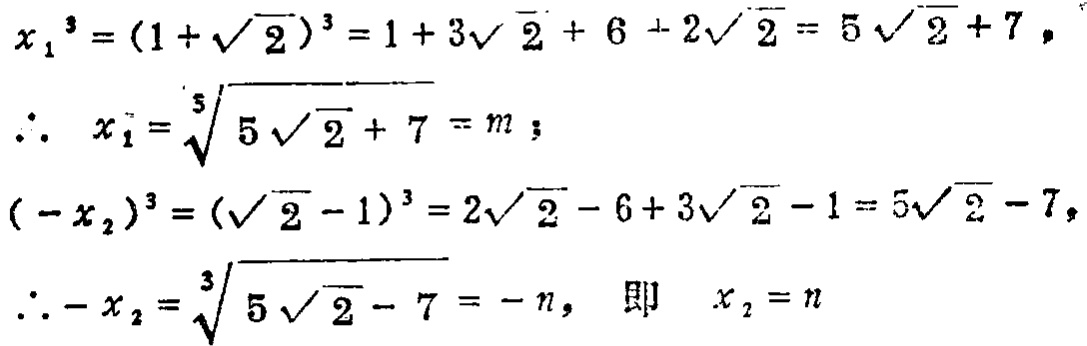
\[

\begin{align*}

x_1^3&=(1 + \sqrt{2})^3 = 1 + 3\sqrt{2}+ 6 + 2\sqrt{2}=5\sqrt{2}+7,\\

\therefore\ x_1&=\sqrt[3]{5\sqrt{2}+7}=m;\\

(-x_2)^3&=(\sqrt{2}-1)^3 = 2\sqrt{2}-6 + 3\sqrt{2}-1=5\sqrt{2}-7,\\

\therefore -x_2&=\sqrt[3]{5\sqrt{2}-7}=-n,\text{ 即 }x_2 = n

\end{align*}

\]